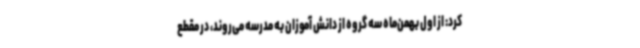
کرد: از اول بهمن‌ماه سه گروه از دانش آموزان به مدرسه می‌روند، در مقطع